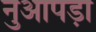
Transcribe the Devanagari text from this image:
नुआपड़ा